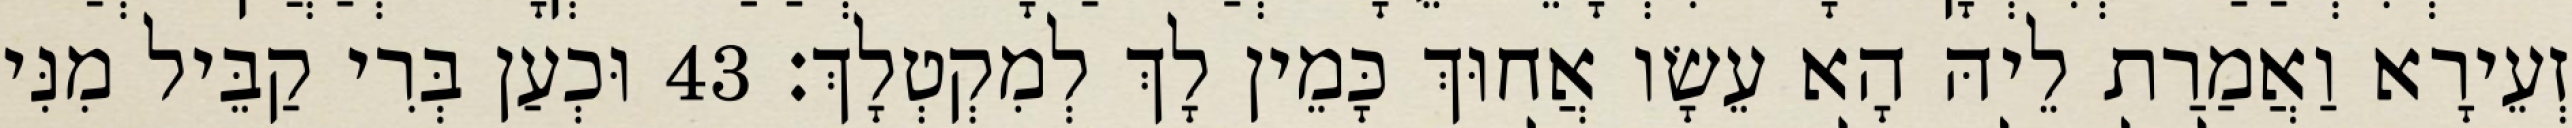
זְעֵירָא וַאֲמַרַת לֵיהּ הָא עֵשָׂו אֲחוּךְ כָּמֵין לָךְ לְמִקְטְלָךְ׃ 43 וּכְעַן בְּרִי קַבֵּיל מִנִּי